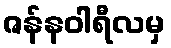
ဇန်နဝါရီလမှ